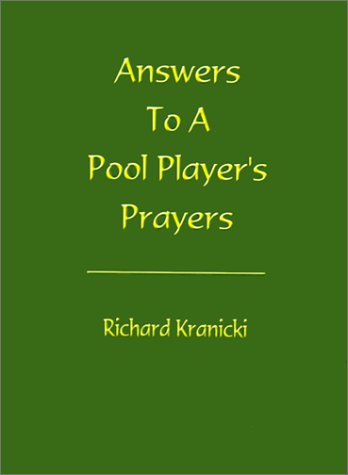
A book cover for Answers to a Pool Player's Prayers; Richard Kranicki; Sports & Outdoors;